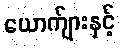
ယောက်ျားနှင့်